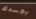
بجسدك